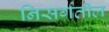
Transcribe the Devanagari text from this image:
निसर्गतील